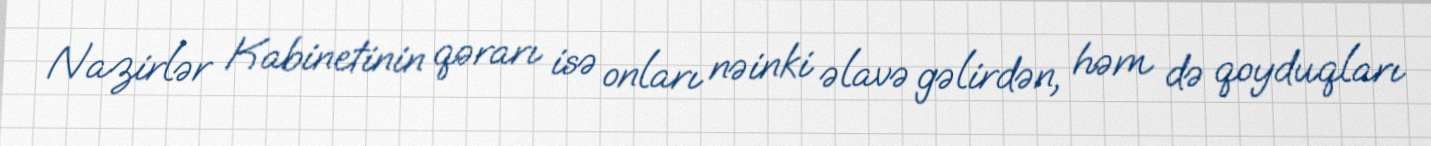
Nazirlər Kabinetinin qərarı isə onları nəinki əlavə gəlirdən, həm də qoyduqları